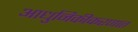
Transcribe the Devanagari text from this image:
आधुनिकीकरणात